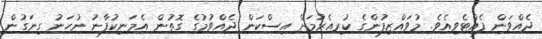
ދެއްވަން ފެއްޓެވިއެވެ. މުވައްޒިފުންގެ ކުރިއެރުމަށް އިސްކަން ދެއްވުމުގެ ގޮތުން އެމަނިކުފާނު ނުހަނު ގިނަގުން